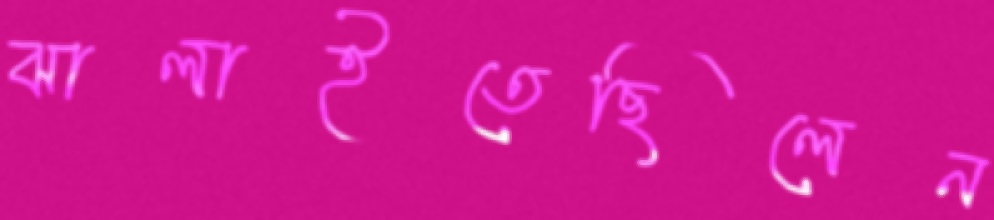
ঝালাইতেছিলেন